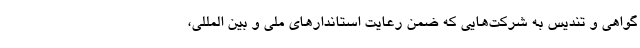
گواهی و تندیس به شرکت‌هایی که ضمن رعایت استاندارهای ملی و بین المللی،